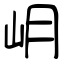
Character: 岄